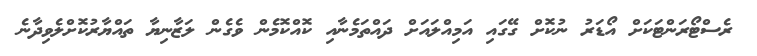
ރެސްޓޯރަންޓަކަށް އޯޑަރު ނުކޮށް ގޭގައި އަމިއްލައަށް ދައްތަމެނާއި ކޮއްކޮމެން ވެގެން ލަޒާނިޔާ ތައްޔާރުކޮށްލެވިދާނެ